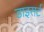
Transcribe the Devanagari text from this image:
डाइसर्ट